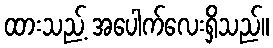
ထားသည့် အပေါက်လေးရှိသည်။